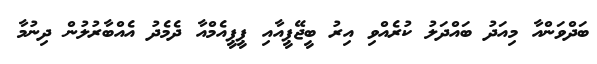
ބަދްވަންއާ މިއަދު ބައްދަލު ކުރެއްވި އިރު ބީޖޭޕީއާއި ޕީޕީއެމްއާ ދެމެދު އެއްބާރުލުން ދިނުމާ